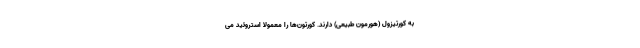
به کورتیزول (هورمون طبیعی) دارند. کورتون‌ها را معمولا استروئید می